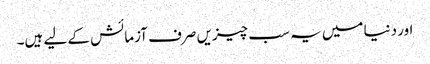
اور دنیا میں یہ سب چیزیں صرف آزمائش کے لیے ہیں۔